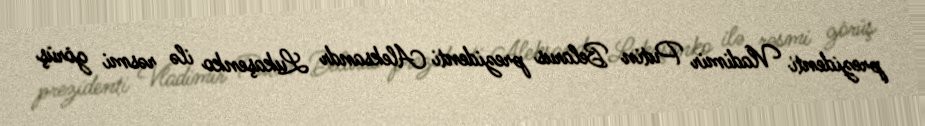
prezidenti Vladimir Putin Belarus prezidenti Aleksandr Lukaşenko ilə rəsmi görüş